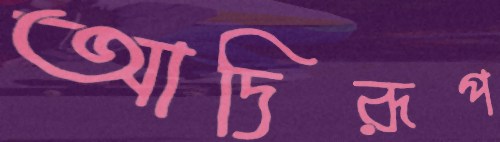
আদিরূপ